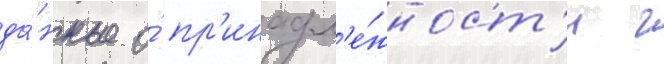
да́нные о́ пр'инадл'е́жност'и г